Report of the Indian Hemp Drugs Commission, 1894-1895 - Volume III
Year: 1894
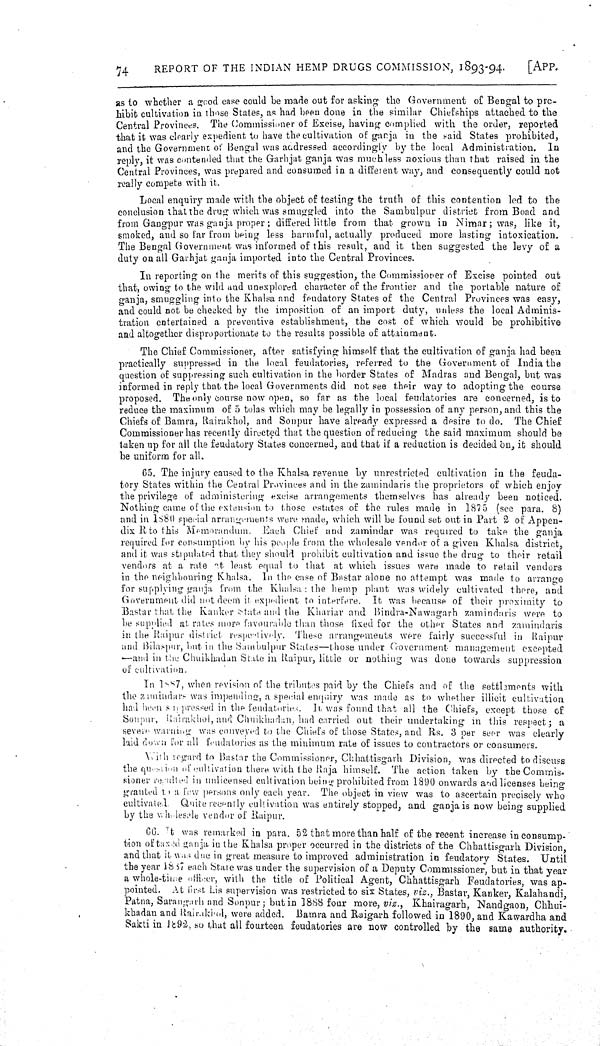
74
REPORT OF THE INDIAN HEMP DRUGS COMMISSION, 1893-94.
[APP.
as to whether a gcod case could be made out for asking the Government of Bengal to pro-
hibit cultivation in those States, as had been done in the similar Chiefships attached to the
Central Provinces. The Commissioner of Excise, having complied with the order, reported
that it was clearly expedient to have the cultivation of ganja in the said States prohibited,
and the Government of Bengal was addressed accordingly by the local Administration.
In
reply, it was contended that the Garhjat ganja was much less noxious than that raised in the
Central Provinces, was prepared and consumed in a different way, and consequently could not
really compete with it.
Local enquiry made with the object of testing the truth of this contention led to the
conclusion that the drug which was smuggled into the Sambulpur district from Boad and
from Gangpur was ganja proper; differed little from that grown in Nimar; was, like it,
smoked, and so far from being less harmful, actually produced more lasting intoxication.
The Bengal Government was informed of this result, and it then suggested the levy of a
duty on all Garhjat ganja imported into the Central Provinces.
In reporting on the merits of this suggestion, the Commissioner of Excise pointed out
that, owing to the wild and unexplored character of the frontier and the portable nature of
ganja, smuggling into the Khalsa and feudatory States of the Central Provinces was easy,
and could not be checked by the imposition of an import duty, unless the local Adminis-
tration entertained a preventive establishment, the cost of which would be prohibitive
and altogether disproportionate to the results possible of attainment.
The Chief Commissioner, after satisfying himself that the cultivation of ganja had been
practically suppressed in the local feudatories, referred to the Government of India the
question of suppressing such cultivation in the border States of Madras and Bengal, but was
informed in reply that the local Governments did not see their way to adopting the course
proposed. The only course now open, so far as the local feudatories are concerned, is to
reduce the maximum of 5 tolas which may be legally in possession of any person, and this the
Chiefs of Bamra, Rairakhol, and Sonpur have already expressed a desire to do. The Chief
Commissioner has recently directed that the question of reducing the said maximum should be
taken up for all the feudatory States concerned, and that if a reduction is decided on, it should
be uniform for all.
65. The injury caused to the Khalsa revenue by unrestricted cultivation in the feuda-
tory States within the Central Provinces and in the zamindaris the proprietors of which enjoy
the privilege of administering excise arrangements themselves has already been noticed.
Nothing came of the extension to those estates of the rules made in 1875 (see para. 8)
and in 1880 special arrangements were made, which will be found set out in Part 2 of Appen-
dix R to this Memorandum. Each Chief and zamindar was required to take the ganja
required for consumption by his people from the wholesale vendor of a given Khalsa district,
and it was stipulated that they should prohibit cultivation and issue the drug to their retail
vendors at a rate at least equal to that at which issues were made to retail vendors
in the neighbouring Khalsa. In the case of Bastar alone no attempt was made to arrange
for supplying ganja from the Khalsa: the hemp plant was widely cultivated there, and
Government did not deem it. expedient to interfere. It was because of their proximity to
Bastar that the Ranker state and the Khariar and Bindra-Nawagarh zamindaris were to
be supplied at rates more favourable than those fixed for the other States and zamindaris
in the Jtaipur district respectively. These arrangements were fairly successful in Kaipur
and Bilaspur, but in the Sambulpur States—those under Government- management excepted
—and in the Chuikkadan State in Raipur, little or nothing was done towards suppression
of cultivation.
In 1887, when revision of the tributes paid by the Chiefs and of the settlements with
the zunindars was impending, a special enquiry was made as to whether illicit cultivation
had been surpressed in the feudatories. In, was found that all the Chiefs, except those of
Sonpur, Rairakhol, and Chuikhadan, had carried out their undertaking in this respect; a
severe warning was conveyed to the Chiefs of those States, and Rs. 3 per seer was clearly
laid down for all feudatories as the minimum rate of issues to contractors or consumers.
With regard to Bastar the Commissioner, Chhattisgarh Division, was directed to discuss
the question of cultivation there with the Raja himself. The action taken by the Commis-
sioner resulted in unlicensed cultivation being prohibited from 1890 onwards and licenses being
granted to a few persons only each year. The object in view was to ascertain precisely who
cultivated. Quite recently cultivation was entirely stopped, and ganja is now being supplied
by the wholesale vendor of Raipur.
66. It was remarked in para. 52 that more than half of the recent increase in consump-
tion of taxed ganja in the Khalsa proper occurred in the districts of the Chhattisgarh Division,
and that it was due in great measure to improved administration in feudatory States. Until
the year 1887 each State was under the supervision of a Deputy Commissioner, but in that year
a whole-time officer, with the title of Political Agent, Chhattisgarh Feudatories, was ap-
pointed. At first. Lis supervision was restricted to six States, viz., Bastar, Kanker, Kalahandi,
Patna, Sarangarh and Sonpur; but in 1888 four more, viz., Khairagarh, Nandgaon, Chhui-
khadan and Rairakhol, were added. Bamra and Raigarh followed in 1890, and Kawardha and
Sakti in 1892, so that all fourteen feudatories are now controlled by the same authority.